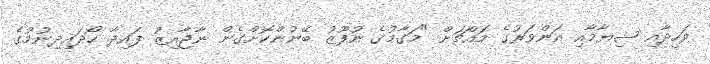
ވަހީދާއި ޝިޔާމާއި އަންވަރުގެ މައްޗަށް "މަގާމުގެ ނުފޫޒު ބޭނުންކޮށްގެން ނާޖާއިޒު ފައިދާ ހޯދައިދިނުމުގެ